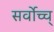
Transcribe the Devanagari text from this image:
सर्वोच्च्